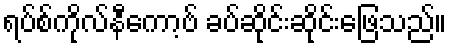
ရပ်စ်ကိုလ်နီကော့ဗ် ခပ်ဆိုင်းဆိုင်းဖြေသည်။